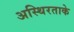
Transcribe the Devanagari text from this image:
अस्थिरताके